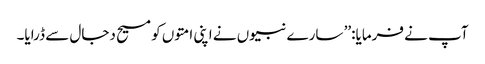
آپ نے فرمایا:’’ سارے نبیوں نے اپنی امتوں کو مسیح دجال سے ڈرایا۔